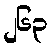
၂၆၃